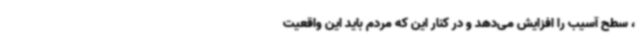
، سطح آسیب را افزایش می‌دهد و در کنار این که مردم باید این واقعیت